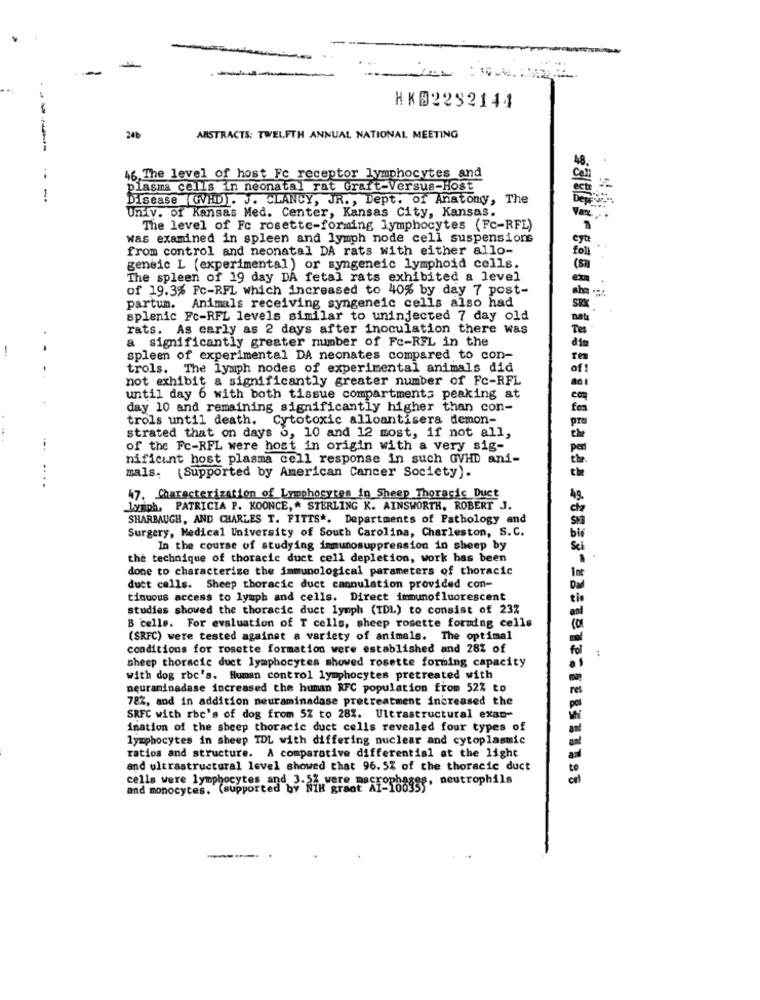
HKD2292144
24b
ABSTRACTS: TWELFTH ANNUAL NATIONAL MEETING
46. The level of host Fc receptor lymphocytes and
plasma cells in neonatal rat Graft-Versus-Host
-- -
Disease GVHD). J. CLANCY, JR ., Dept. of Anatony, The
Univ. of Kansas Med. Center, Kansas City, Kansas.
Vax
The level of Fc rosette-forming lymphocytes (Fc-RFL)
was examined in spleen and lymph node cell suspensions
eyt
from control and neonatal DA rats with either allo-
fol
geneic L (experimental ) or syngeneic lymphoid cells.
(sa)
The spleen of 19 day DA fetal rats exhibited a level
eza
of 19.3% Fc-RFL which increased to 40% by day 7 post-
partum. Animals receiving syngeneic cells also had
splenic Fc-RFL levels similar to uninjected 7 day old
rats. As early as 2 days after inoculation there was
Tes
a significantly greater number of Fc-RFL in the
-
dia
spleen of experimental DA neonates compared to con-
trols. The lymph nodes of experimental animals did
of !
not exhibit a significantly greater number of Fc-RFL
ani
until day 6 with both tissue compartments peaking at
day 10 and remaining significantly higher than con-
fes
trols until death. Cytotoxic alloantisera demon-
pro
strated that on days 6, 10 and 12 most, if not all,
of the Fc-RFL were host in origin with a very sig-
nificant host plasma cell response in such GVHD ani-
....
mals. (Supported by American Cancer Society).
47. Characterization of Lymphocytes in Sheep Thoracic Duct
lymph, PATRICIA P. KOONCE," STERLING K. AINSWORTH, ROBERT J.
SHARBAUGH, AND CHARLES T. FITTS *. Departments of Pathology and
Surgery, Medical University of South Carolina, Charleston, S.C.
In the course of studying immunosuppression in sheep by
the technique of thoracic duct cell depletion, work has been
done to characterize the immunological parameters of thoracic
duct cells. Sheep thoracic duct cannulation provided con-
tinuous access to lymph and cells. Direct immunofluorescent
studies showed the thoracic duct lymph (IDL) to consist of 232
B 'celle. For evaluation of T cells, sheep rosette forming celle
(SRFC) were tested against a variety of animals. The optimal
conditions for rosette formation were established and 28% of
sheep thoracic duct lymphocytes showed rosette forming capacity
with dog rbc's. Human control lymphocytes pretreated with
neuraninadase increased the human RFC population from 52% to
78%, and in addition neuraminadase pretreatment increased the
SRFC with rbc's of dog from 5% to 28%. Ultrastructural exam-
ination of the sheep thoracic duct cells revealed four types of
lymphocytes in sheep TDL with differing nuclear and cytoplasmic
ratios and structure. A comparative differential at the light
and ultrastructural level showed that 96. 5% of the thoracic duct
and monocytes. (supported by NIH groot Af-10635"". neutrophils